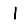
Digit: 1